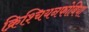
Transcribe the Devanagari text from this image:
क्रिश्चियनफोबिया